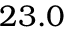
2 3 . 0